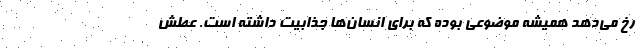
رخ می‌دهد همیشه موضوعی بوده که برای انسان‌ها جذابیت داشته است. عطش